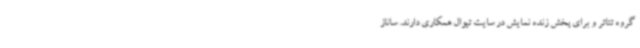
گروه تئاتر و برای پخش زنده نمایش در سایت تیوال همکاری دارند. ساناز